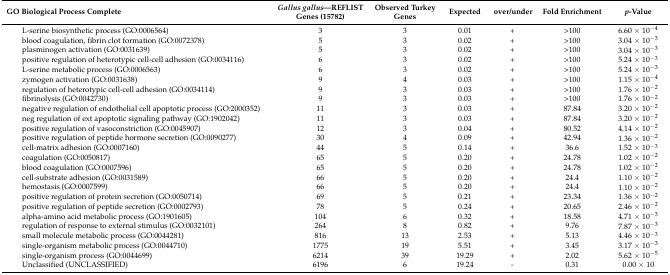
<table><thead><tr><td><b>GO Biological Process Complete</b></td><td><b><i>Gallus gallus</i>—REFLIST Genes (15782)</b></td><td><b>Observed Turkey Genes</b></td><td><b>Expected</b></td><td><b>over/under</b></td><td><b>Fold Enrichment</b></td><td><b><i>p</i>-Value</b></td></tr></thead><tbody><tr><td>L-serine biosynthetic process (GO:0006564)</td><td>3</td><td>3</td><td>0.01</td><td>+</td><td>&gt;100</td><td>6.60 × 10<sup>−4</sup></td></tr><tr><td>blood coagulation, fibrin clot formation (GO:0072378)</td><td>5</td><td>3</td><td>0.02</td><td>+</td><td>&gt;100</td><td>3.04 × 10<sup>−3</sup></td></tr><tr><td>plasminogen activation (GO:0031639)</td><td>5</td><td>3</td><td>0.02</td><td>+</td><td>&gt;100</td><td>3.04 × 10<sup>−3</sup></td></tr><tr><td>positive regulation of heterotypic cell-cell adhesion (GO:0034116)</td><td>6</td><td>3</td><td>0.02</td><td>+</td><td>&gt;100</td><td>5.24 × 10<sup>−3</sup></td></tr><tr><td>L-serine metabolic process (GO:0006563)</td><td>6</td><td>3</td><td>0.02</td><td>+</td><td>&gt;100</td><td>5.24 × 10<sup>−3</sup></td></tr><tr><td>zymogen activation (GO:0031638)</td><td>9</td><td>4</td><td>0.03</td><td>+</td><td>&gt;100</td><td>1.15 × 10<sup>−4</sup></td></tr><tr><td>regulation of heterotypic cell-cell adhesion (GO:0034114)</td><td>9</td><td>3</td><td>0.03</td><td>+</td><td>&gt;100</td><td>1.76 × 10<sup>−2</sup></td></tr><tr><td>fibrinolysis (GO:0042730)</td><td>9</td><td>3</td><td>0.03</td><td>+</td><td>&gt;100</td><td>1.76 × 10<sup>−2</sup></td></tr><tr><td>negative regulation of endothelial cell apoptotic process (GO:2000352)</td><td>11</td><td>3</td><td>0.03</td><td>+</td><td>87.84</td><td>3.20 × 10<sup>−2</sup></td></tr><tr><td>neg regulation of ext apoptotic signaling pathway (GO:1902042)</td><td>11</td><td>3</td><td>0.03</td><td>+</td><td>87.84</td><td>3.20 × 10<sup>−2</sup></td></tr><tr><td>positive regulation of vasoconstriction (GO:0045907)</td><td>12</td><td>3</td><td>0.04</td><td>+</td><td>80.52</td><td>4.14 × 10<sup>−2</sup></td></tr><tr><td>positive regulation of peptide hormone secretion (GO:0090277)</td><td>30</td><td>4</td><td>0.09</td><td>+</td><td>42.94</td><td>1.36 × 10<sup>−2</sup></td></tr><tr><td>cell-matrix adhesion (GO:0007160)</td><td>44</td><td>5</td><td>0.14</td><td>+</td><td>36.6</td><td>1.52 × 10<sup>−3</sup></td></tr><tr><td>coagulation (GO:0050817)</td><td>65</td><td>5</td><td>0.20</td><td>+</td><td>24.78</td><td>1.02 × 10<sup>−2</sup></td></tr><tr><td>blood coagulation (GO:0007596)</td><td>65</td><td>5</td><td>0.20</td><td>+</td><td>24.78</td><td>1.02 × 10<sup>−2</sup></td></tr><tr><td>cell-substrate adhesion (GO:0031589)</td><td>66</td><td>5</td><td>0.20</td><td>+</td><td>24.4</td><td>1.10 × 10<sup>−2</sup></td></tr><tr><td>hemostasis (GO:0007599)</td><td>66</td><td>5</td><td>0.20</td><td>+</td><td>24.4</td><td>1.10 × 10<sup>−2</sup></td></tr><tr><td>positive regulation of protein secretion (GO:0050714)</td><td>69</td><td>5</td><td>0.21</td><td>+</td><td>23.34</td><td>1.36 × 10<sup>−2</sup></td></tr><tr><td>positive regulation of peptide secretion (GO:0002793)</td><td>78</td><td>5</td><td>0.24</td><td>+</td><td>20.65</td><td>2.46 × 10<sup>−2</sup></td></tr><tr><td>alpha-amino acid metabolic process (GO:1901605)</td><td>104</td><td>6</td><td>0.32</td><td>+</td><td>18.58</td><td>4.71 × 10<sup>−3</sup></td></tr><tr><td>regulation of response to external stimulus (GO:0032101)</td><td>264</td><td>8</td><td>0.82</td><td>+</td><td>9.76</td><td>7.87 × 10<sup>−3</sup></td></tr><tr><td>small molecule metabolic process (GO:0044281)</td><td>816</td><td>13</td><td>2.53</td><td>+</td><td>5.13</td><td>4.46 × 10<sup>−3</sup></td></tr><tr><td>single-organism metabolic process (GO:0044710)</td><td>1775</td><td>19</td><td>5.51</td><td>+</td><td>3.45</td><td>3.17 × 10<sup>−3</sup></td></tr><tr><td>single-organism process (GO:0044699)</td><td>6214</td><td>39</td><td>19.29</td><td>+</td><td>2.02</td><td>5.62 × 10<sup>−5</sup></td></tr><tr><td>Unclassified (UNCLASSIFIED)</td><td>6196</td><td>6</td><td>19.24</td><td>-</td><td>0.31</td><td>0.00 × 10</td></tr></tbody></table>